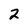
Character: 2